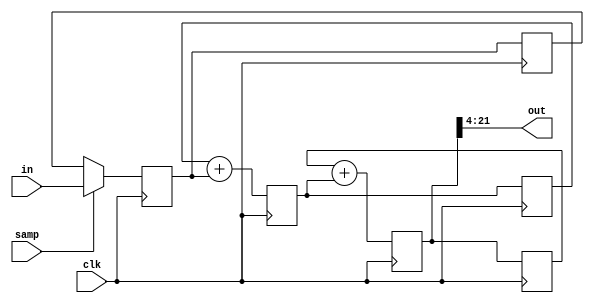
`timescale 1ns / 1ns

// Second-order CIC interpolation of an IQ data stream
// Expect input valid for 2 cycles (marked by active-high samp signal)
// out of 2*N.
// Well, this is only the integration half of the CIC filter, someone
// else (e.g., iq_intrp4) needs to do the differentiation.

module iq_inter #(
	parameter dwi=22,  // data width in
	parameter dwo=18   // data width out
) (
	input clk,  // timespec 8.4 ns
	input samp,
	input signed [dwi-1:0] in,
	output signed [dwo-1:0] out
);

reg signed [dwi-1:0] sreg=0, sreg_d=0, int1=0, int1_d=0, int2=0, int2_d=0;
always @(posedge clk) begin
	sreg <= samp ? in : sreg_d;
	sreg_d <= sreg;
	int1 <= int1_d + sreg;
	int1_d <= int1;
	int2 <= int2_d + int1;
	int2_d <= int2;
end
assign out = int2[dwi-1:dwi-dwo];

endmodule